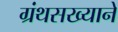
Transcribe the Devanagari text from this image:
ग्रंथसख्याने